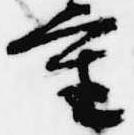
重